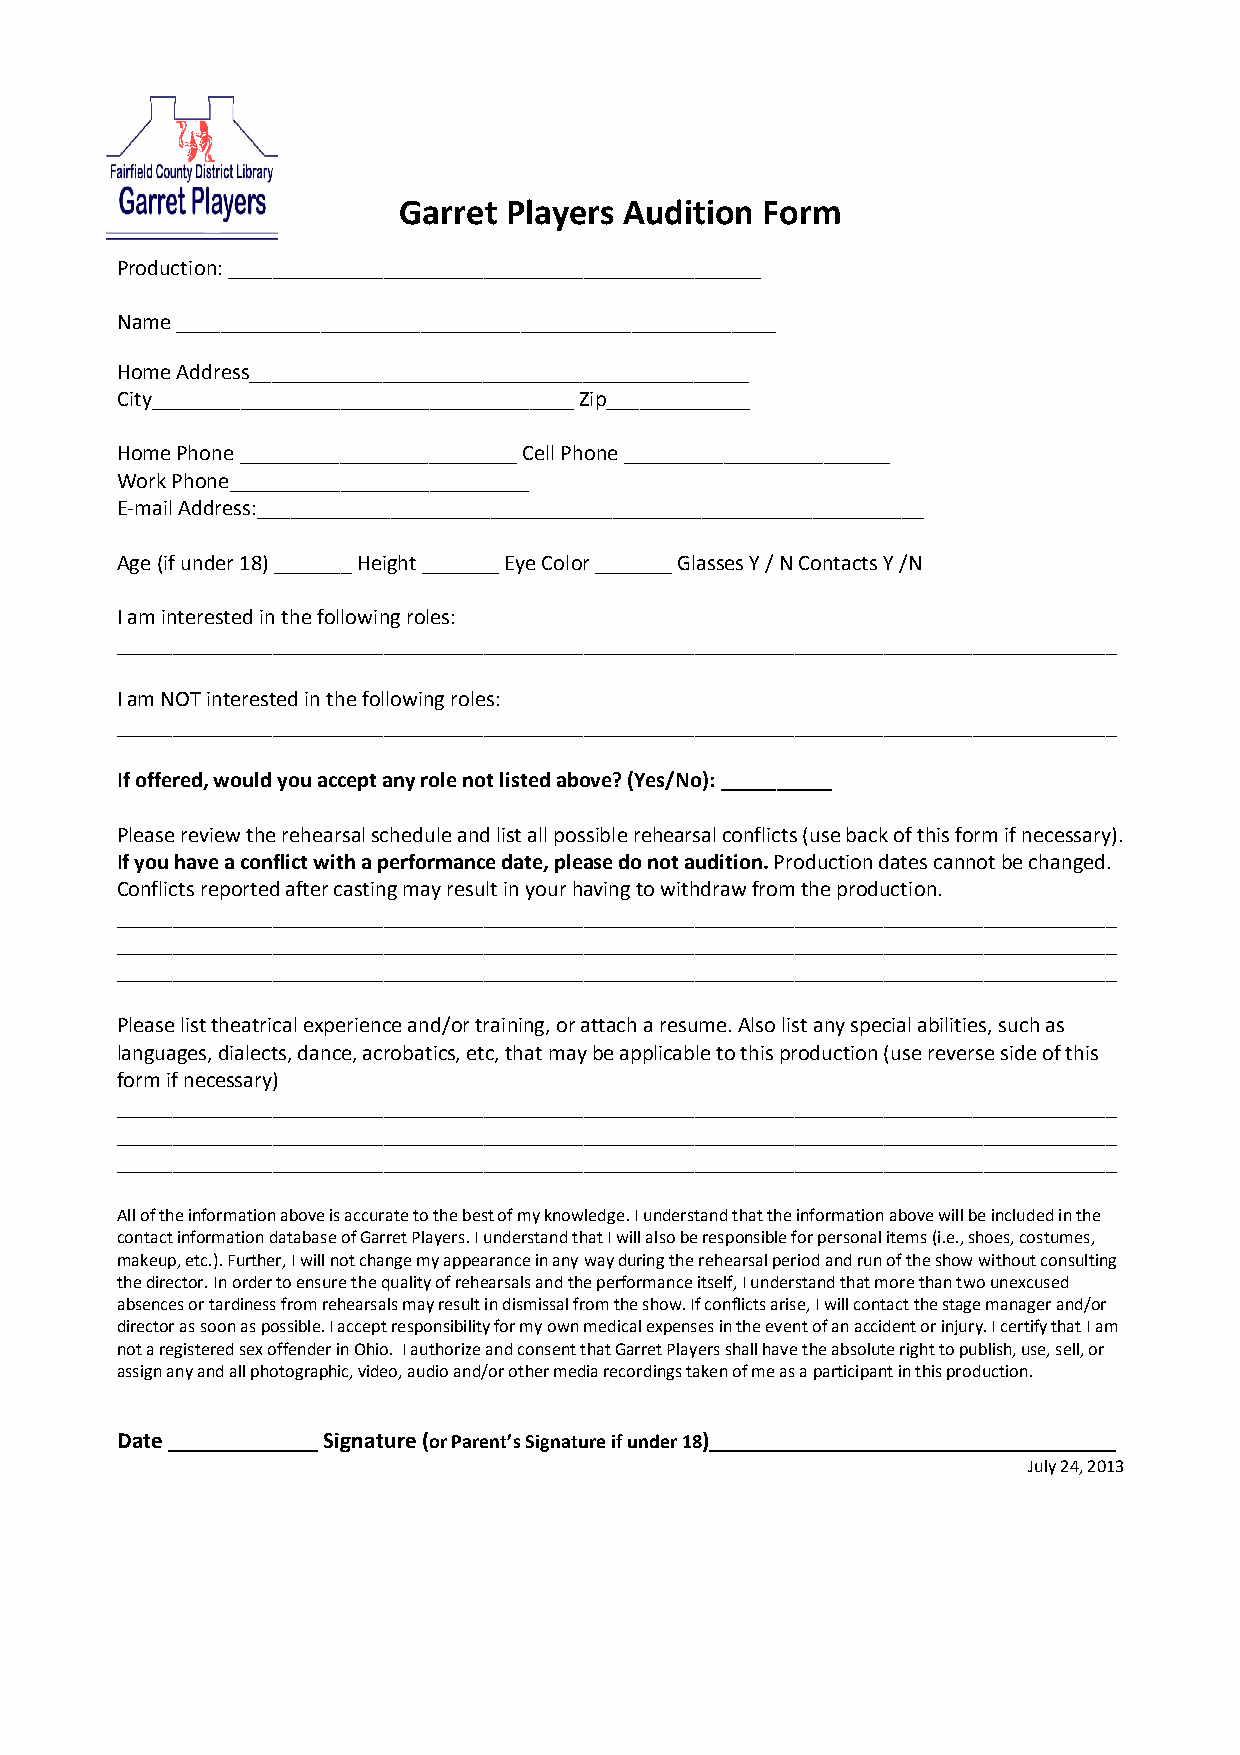
Garret Players Audition Form
 Production: ________________________________________________
 Name ______________________________________________________
 Home Address_____________________________________________
 City______________________________________ Zip_____________
 Home Phone _________________________ Cell Phone ________________________
 Work Phone___________________________
 E-mail Address:____________________________________________________________
 Age (if under 18) _______ Height _______ Eye Color _______ Glasses Y / N Contacts Y /N
 I am interested in the following roles:
 __________________________________________________________________________________________
 I am NOT interested in the following roles:
 __________________________________________________________________________________________
 If offered, would you accept any role not listed above? (Yes/No): __________
 Please review the rehearsal schedule and list all possible rehearsal conflicts (use back of this form if necessary).
 If you have a conflict with a performance date, please do not audition. Production dates cannot be changed.
 Conflicts reported after casting may result in your having to withdraw from the production.
 __________________________________________________________________________________________
 __________________________________________________________________________________________
 __________________________________________________________________________________________
 Please list theatrical experience and/or training, or attach a resume. Also list any special abilities, such as
 languages, dialects, dance, acrobatics, etc, that may be applicable to this production (use reverse side of this
 form if necessary)
 __________________________________________________________________________________________
 __________________________________________________________________________________________
 __________________________________________________________________________________________
 All of the information above is accurate to the best of my knowledge. I understand that the information above will be included in the
 contact information database of Garret Players. I understand that I will also be responsible for personal items (i.e., shoes, costumes,
 makeup, etc.). Further, I will not change my appearance in any way during the rehearsal period and run of the show without consulting
 the director. In order to ensure the quality of rehearsals and the performance itself, I understand that more than two unexcused
 absences or tardiness from rehearsals may result in dismissal from the show. If conflicts arise, I will contact the stage manager and/or
 director as soon as possible. I accept responsibility for my own medical expenses in the event of an accident or injury. I certify that I am
 not a registered sex offender in Ohio. I authorize and consent that Garret Players shall have the absolute right to publish, use, sell, or
 assign any and all photographic, video, audio and/or other media recordings taken of me as a participant in this production.
 Date _____________ Signature (or Parent’s Signature if under 18)___________________________________
 July 24, 2013